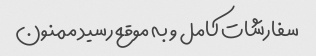
سفارشات کامل و به موقع رسید ممنون